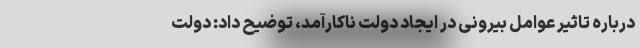
درباره تاثیر عوامل بیرونی در ایجاد دولت ناکارآمد، توضیح داد: دولت